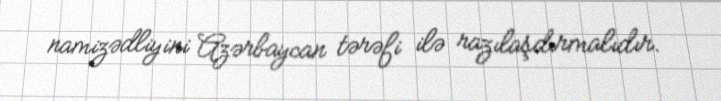
namizədliyini Azərbaycan tərəfi ilə razılaşdırmalıdır.